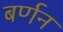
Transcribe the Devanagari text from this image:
बर्णन